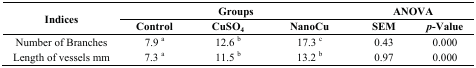
<table><thead><tr><td rowspan="2"><b>Indices</b></td><td colspan="3"><b>Groups</b></td><td colspan="2"><b>ANOVA</b></td></tr><tr><td><b>Control</b></td><td><b>CuSO<sub>4</sub></b></td><td><b>NanoCu</b></td><td><b>SEM</b></td><td><b><i>p</i>-Value</b></td></tr></thead><tbody><tr><td>Number of Branches</td><td>7.9 <sup>a</sup></td><td>12.6 <sup>b</sup></td><td>17.3 <sup>c</sup></td><td>0.43</td><td>0.000</td></tr><tr><td>Length of vessels mm</td><td>7.3 <sup>a</sup></td><td>11.5 <sup>b</sup></td><td>13.2 <sup>b</sup></td><td>0.97</td><td>0.000</td></tr></tbody></table>